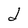
Character: d